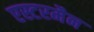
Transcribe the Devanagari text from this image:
एस्टरमैन